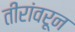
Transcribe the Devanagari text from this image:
तीरांवरून